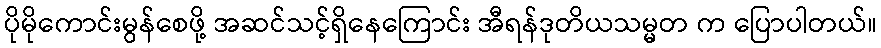
ပိုမိုကောင်းမွန်စေဖို့ အဆင်သင့်ရှိနေကြောင်း အီရန်ဒုတိယသမ္မတ က ပြောပါတယ်။